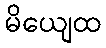
မိယျေထ